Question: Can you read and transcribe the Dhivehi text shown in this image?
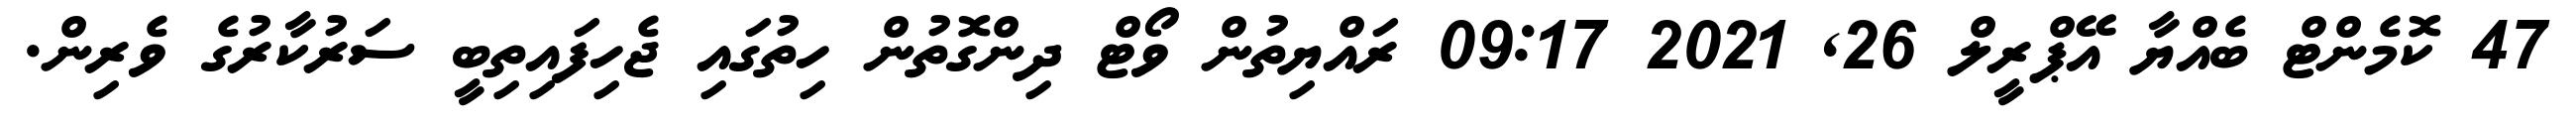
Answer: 47 ކޮމެންޓް ބެއްޔާ އޭޕްރީލް 26, 2021 09:17 ރައްޔިތުން ވޯޓް ދިންގޮތުން ހިތުގައި ޖެހިފައިތިބީ ސަރުކާރުގެ ވެރިން.